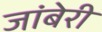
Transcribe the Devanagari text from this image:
जांबेरी